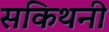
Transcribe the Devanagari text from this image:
सकिथनी